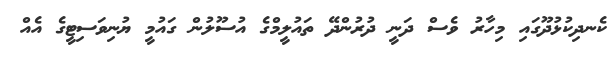
ކެނދިކުޅުދޫގައި މިހާރު ވެސް ދަނީ ދުރުންދޭ ތައުލީމްގެ އުސޫލުން ގައުމީ ޔުނިވަސިޓީގެ އެެއް